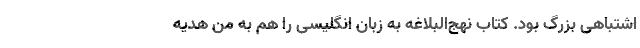
اشتباهی بزرگ بود. کتاب نهج‌البلاغه به زبان انگلیسی را هم به من هدیه